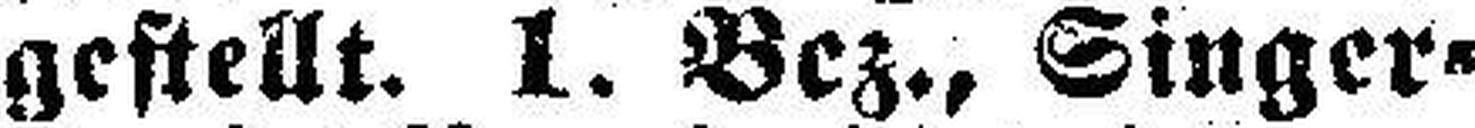
gestellt. 1. Bez., Singer¬